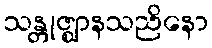
သန္တုဇ္ဈာနသညိနော